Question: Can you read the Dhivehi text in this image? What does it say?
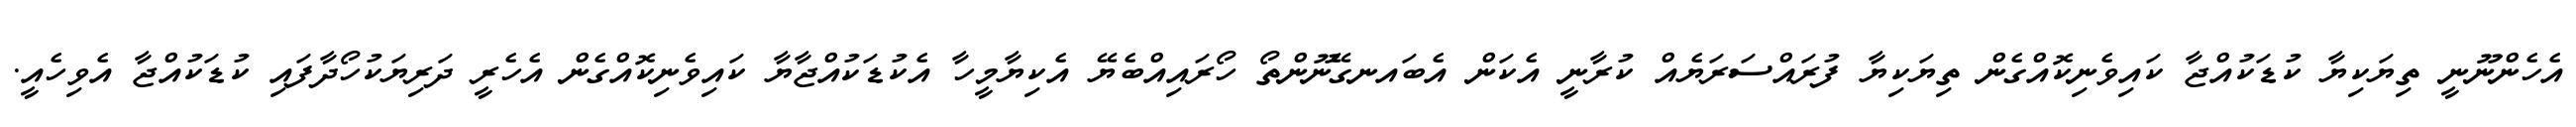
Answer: އެހެންނޫނީ ތިޔަކިޔާ ކުޑަކުއްޖާ ކައިވެނިކޮއްގެން ތިޔަކިޔާ ފުރައްސަރަޔެއް ކުރާނީ އެކަން އެބައނގޭނޫންތޯ ހޯރައިއްބެޔޭ އެކިޔާމީހާ އެކުޑަކުއްޖާޔާ ކައިވެނިކޮއްގެން އެހެރީ ދަރިޔަކުހޯދާފައި ކުޑަކުއްޖާ އެވިހެއީ.